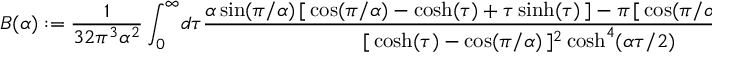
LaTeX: B ( \alpha ) : = \frac { 1 } { 3 2 \pi ^ { 3 } \alpha ^ { 2 } } \int _ { 0 } ^ { \infty } \! d \tau \frac { \alpha \sin ( \pi / \alpha ) \, [ \, \cos ( \pi / \alpha ) - \cosh ( \tau ) + \tau \sinh ( \tau ) \, ] - \pi \, [ \, \cos ( \pi / \alpha ) \cosh ( \tau ) - 1 \, ] } { [ \, \cosh ( \tau ) - \cos ( \pi / \alpha ) \, ] ^ { 2 } \cosh ^ { 4 } ( \alpha \tau / 2 ) } .